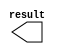
module COLOR_BOX (
	result);

	output	[7:0]  result;

endmodule